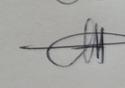
Signature authenticity: genuine